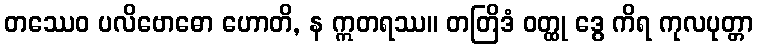
တဿေဝ ပလိဗောဓော ဟောတိ, န ဣတရဿ။ တတြိဒံ ဝတ္ထု ဒွေ ကိရ ကုလပုတ္တာ